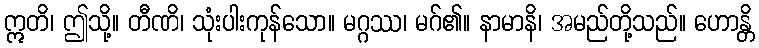
ဣတိ၊ ဤသို့။ တီဏိ၊ သုံးပါးကုန်သော။ မဂ္ဂဿ၊ မဂ်၏။ နာမာနိ၊ အမည်တို့သည်။ ဟောန္တိ